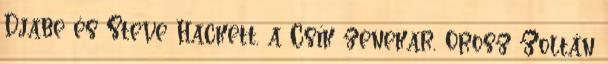
Djabe és Steve Hackett, a Csík zenekar, Orosz Zoltán